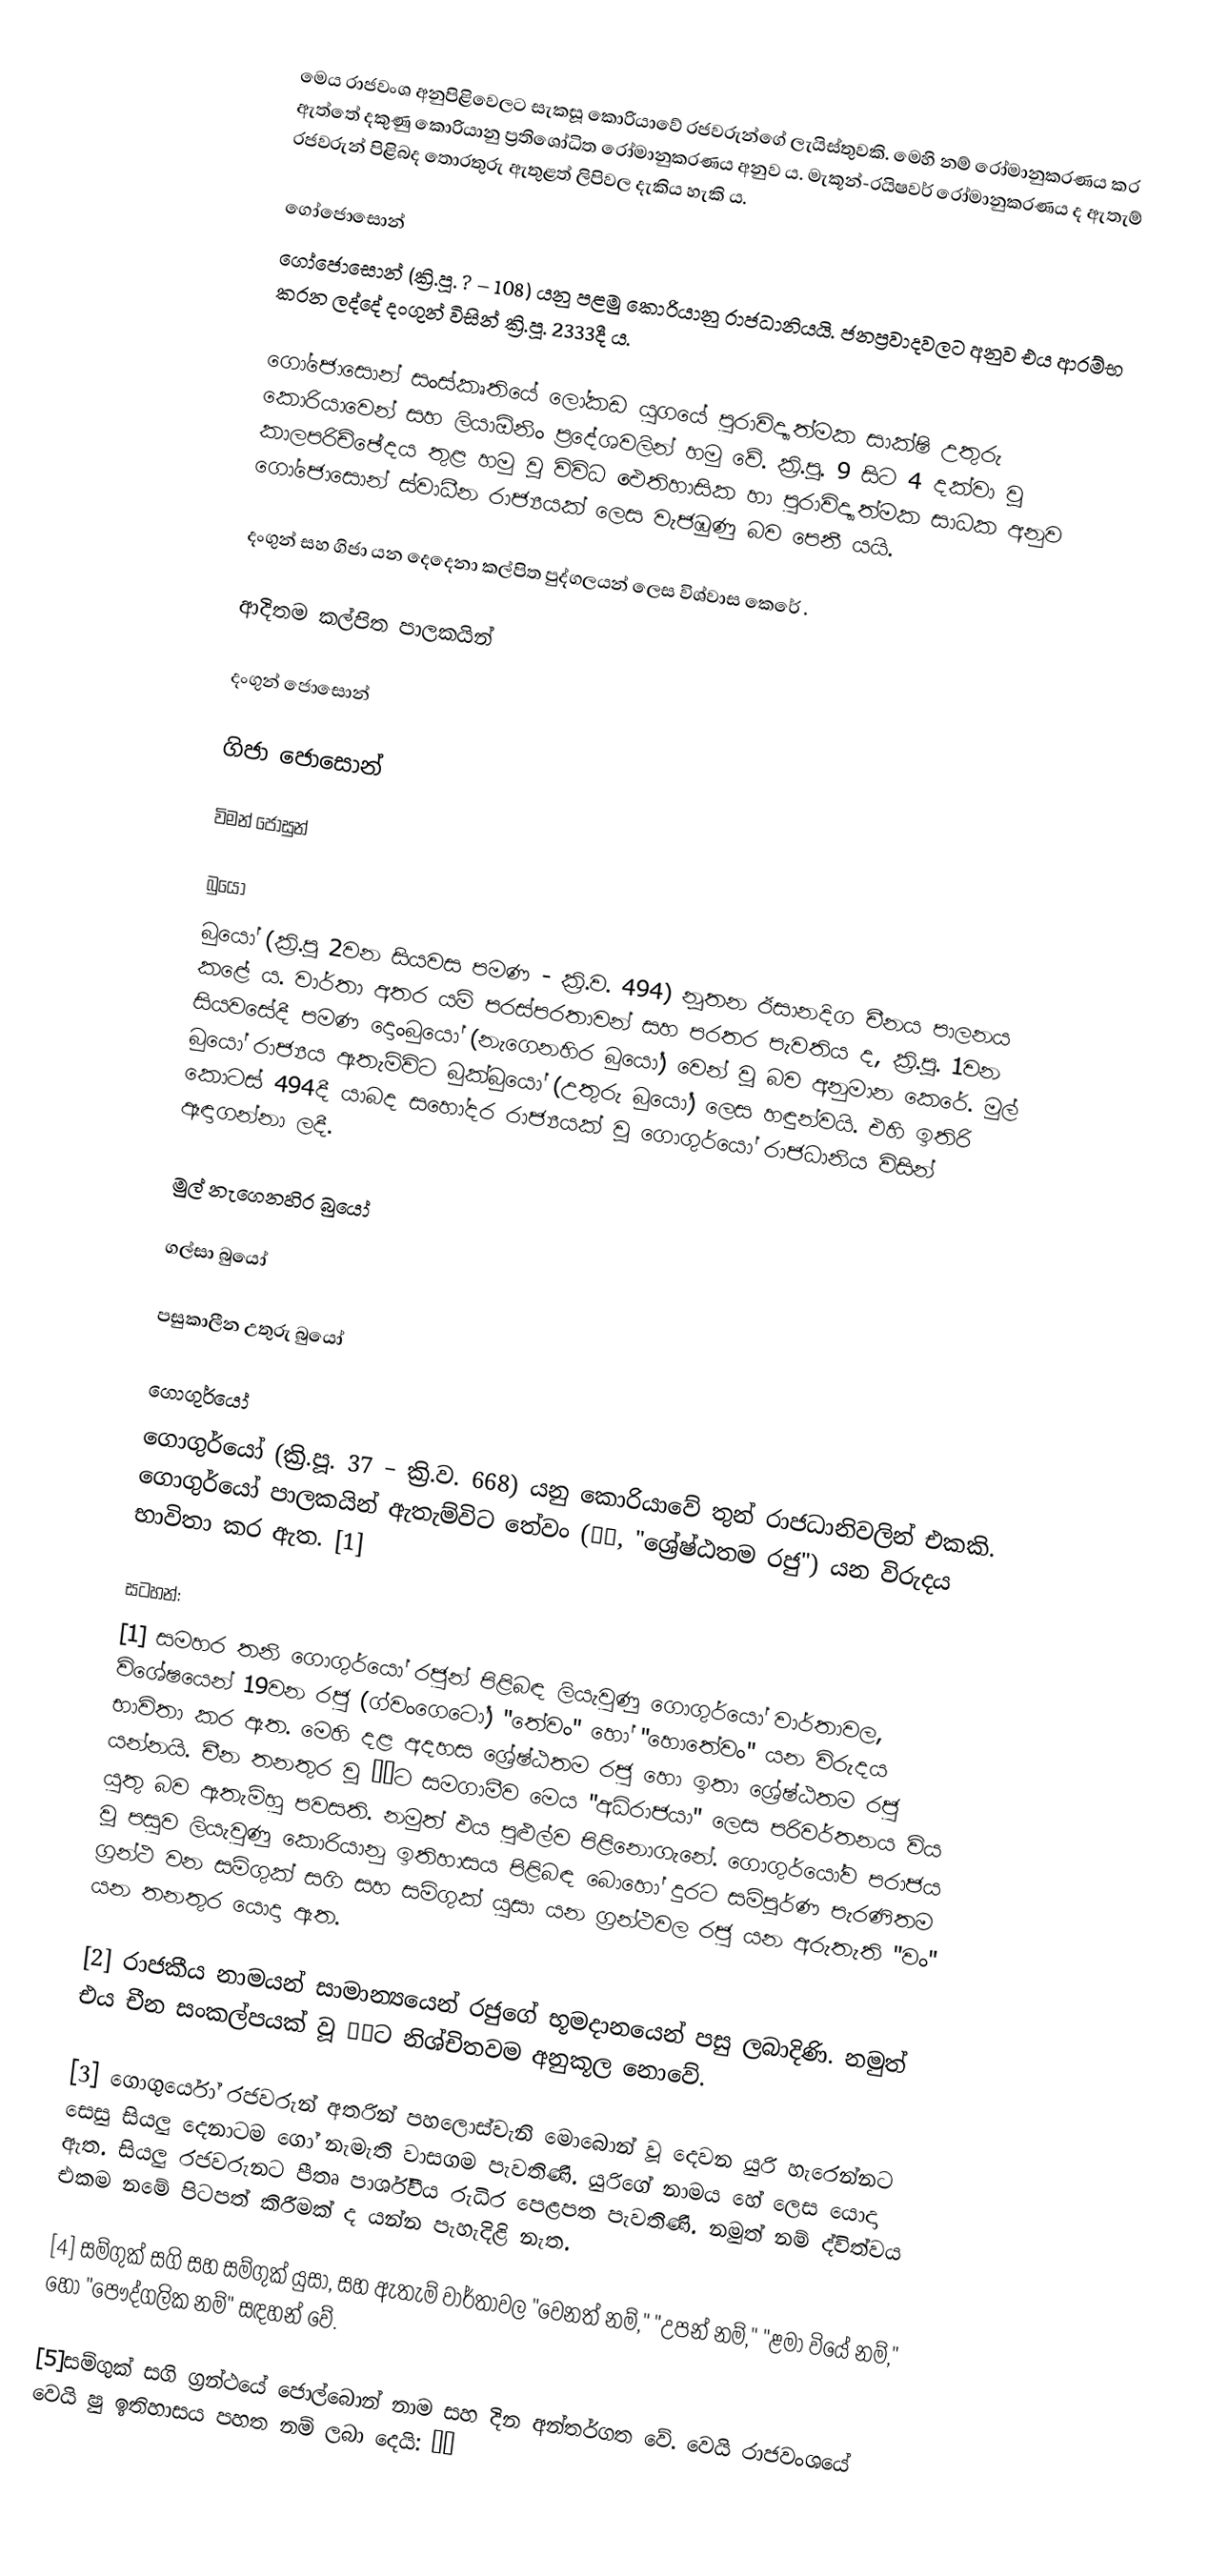
මෙය රාජවංශ අනුපිළිවෙලට සැකසූ කොරියාවේ රජවරුන්ගේ ලැයිස්තුවකි. මෙහි නම් රෝමානුකරණය කර ඇත්තේ දකුණු කොරියානු ප්‍රතිශෝධිත රෝමානුකරණය අනුව ය. මැකූන්-රයිෂවර් රෝමානුකරණය ද ඇතැම් රජවරුන් පිළිබද තොරතුරු ඇතුළත් ලිපිවල දැකිය හැකි ය.

ගෝජොසොන්
ගෝජොසොන් (ක්‍රි.පූ. ? – 108) යනු පළමු කොරියානු රාජධානියයි. ජනප්‍රවාදවලට අනුව එය ආරම්භ කරන ලද්දේ දංගුන් විසින් ක්‍රි.පූ. 2333දී ය.

ගෝජොසොන් සංස්කෘතියේ ලෝකඩ යුගයේ පුරාවිද්‍යාත්මක සාක්ෂි උතුරු කොරියාවෙන් සහ ලියා‍ඕනිං ප්‍රදේශවලින් හමු වේ. ක්‍රි.පූ. 9 සිට 4 දක්වා වූ කාලපරිච්ඡේදය තුළ හමු වූ විවිධ ඓතිහාසික හා පුරාවිද්‍යාත්මක සාධක අනුව ගෝජොසොන් ස්වාධීන රාජ්‍යයක් ලෙස වැජඹුණු බව පෙනී යයි.

දංගුන් සහ ගිජා යන දෙදෙනා කල්පිත පුද්ගලයන් ලෙස විශ්වාස කෙරේ .

ආදිතම කල්පිත පාලකයින්

දංගුන් ජොසොන්

ගිජා ජොසොන්

විමන් ජෝසුන්

බුයෝ
බුයෝ (ක්‍රි.පූ 2වන සියවස පමණ - ක්‍රි.ව. 494) නූතන ඊසානදිග චීනය පාලනය කළේ ය. වාර්තා අතර යම් පරස්පරතාවන් සහ පරතර පැවතිය ද, ක්‍රි.පූ. 1වන සියවසේදී පමණ දොංබුයෝ (නැගෙනහිර බුයෝ) වෙන් වූ බව අනුමාන කෙරේ. මුල් බුයෝ රාජ්‍යය ඇතැම්විට බුක්බුයෝ (උතුරු බුයෝ) ලෙස හඳුන්වයි. එහි ඉතිරි කොටස් 494දී යාබද සහෝදර රාජ්‍යයක් වූ ගොගුර්යෝ රාජධානිය විසින් ඈඳාගන්නා ලදී.

මුල් නැගෙනහිර බුයෝ

ගල්සා බුයෝ

පසුකාලීන උතුරු බුයෝ

ගොගුර්යෝ
ගොගුර්යෝ (ක්‍රි.පූ. 37 – ක්‍රි.ව. 668) යනු කොරියාවේ තුන් රාජධානිවලින් එකකි. ගොගුර්යෝ පාලකයින් ඇතැම්විට තේවං (太王, "ශ්‍රේෂ්ඨතම රජු") යන විරුදය භාවිතා කර ඇත. [1]

සටහන්:
[1] සමහර තනි ගොගුර්යෝ රජුන් පිළිබඳ ලියැවුණු ගොගුර්යෝ වාර්තාවල, විශේෂයෙන් 19වන රජු (ග්වංගෙටෝ) "තේවං" හෝ "හොතේවං" යන විරුදය භාවිතා කර ඇත. මෙහි දළ අදහස ශ්‍රේෂ්ඨතම රජු හො ඉතා ශ්‍රේෂ්ඨතම රජු යන්නයි. චීන තනතුර වූ 皇帝ට සමගාමීව මෙය "අධිරාජයා" ලෙස පරිවර්තනය විය යුතු බව ඇතැම්හු පවසති. නමුත් එය පුළුල්ව පිළිනොගැනේ. ගොගුර්යෝව පරාජය වූ පසුව ලියැවුණු කොරියානු ඉතිහාසය පිළිබඳ බොහෝ දුරට සම්පූර්ණ පැරණිතම ග්‍රන්ථ වන සම්ගුක් සගි සහ සම්ගුක් යුසා යන ග්‍රන්ථවල රජු යන අරුතැති "වං" යන තනතුර යොදා ඇත.

[2] රාජකීය නාමයන් සාමාන්‍යයෙන් රජුගේ භූමදානයෙන් පසු ලබාදිණි. නමුත් එය චීන සංකල්පයක් වූ 諡號ට නිශ්චිතවම අනුකූල නොවේ.

[3] ගොගුර්යෝ රජවරුන් අතරින් පහලොස්වැනි මොබොන් වූ දෙවන යුරි හැරෙන්නට සෙසු සියලු දෙනාටම ගෝ නැමැති වාසගම පැවතිණි. යුරිගේ නාමය හේ ලෙස යොදා ඇත. සියලු රජවරුනට පීතෘ පාර්ශ්වීය රුධිර පෙළපත පැවතිණි. නමුත් නම් ද්විත්වය එකම නමේ පිටපත් කිරීමක් ද යන්න පැහැදිළි නැත.

[4] සම්ගුක් සගි සහ සම්ගුක් යුසා, සහ ඇතැම් වාර්තාවල "වෙනත් නම්," "උපන් නම්," "ළමා වියේ නම්," හෝ "පෞද්ගලික නම්" සඳහන් වේ.

[5]සම්ගුක් සගි ග්‍රන්ථයේ ජොල්බොන් නාම සහ දින අන්තර්ගත වේ. වෙයි රාජවංශයේ වෙයි ෂු ඉතිහාසය පහත නම් ලබා දෙයි: 朱蒙